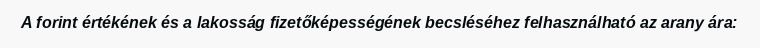
A forint értékének és a lakosság fizetőképességének becsléséhez felhasználható az arany ára: